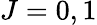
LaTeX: J=0,1